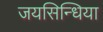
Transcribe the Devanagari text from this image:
जयसिन्धिया